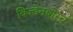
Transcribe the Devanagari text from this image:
विज्डेनबोस्च